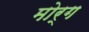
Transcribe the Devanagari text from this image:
मोर्ग